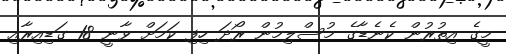
މީގެ އިތުރުން ކެނެޑާގެ މުސްލިމުން ރޯދަ ހިިފި ކަމަށް ވާނީ 18 ގަޑިއިރާއި